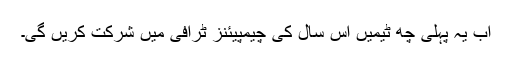
اب یہ پہلی چھ ٹیمیں اِس سال کی چیمپیئنز ٹرافی میں شرکت کریں گی۔